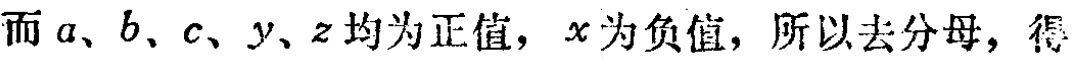
而 \(a、b、c、y、z\) 均为正值，\(x\) 为负值，所以去分母，得